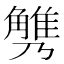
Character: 𧤪